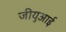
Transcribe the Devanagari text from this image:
जीयुआई